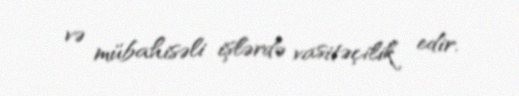
və mübahisəli işlərdə vasitəçilik edir.